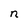
Character: n